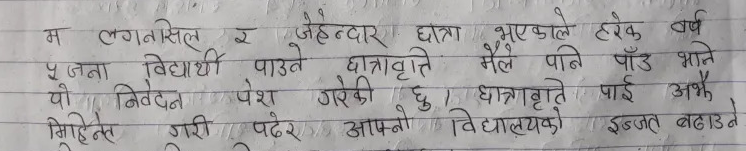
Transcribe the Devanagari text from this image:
म लगनसिल र जेहेन्दार छात्रा भएकाले हरेक वर्ष
पूजना विद्यार्थी पाउने छात्रावृत्ति मैले पनि पाँउ भाने
यो निवेदन पेश गरेकी छु । छात्रावृति पाई अझै
मिहिनेत गरी पढेर आफ्नो विद्यालयको इज्जत बढाउने